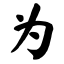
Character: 为